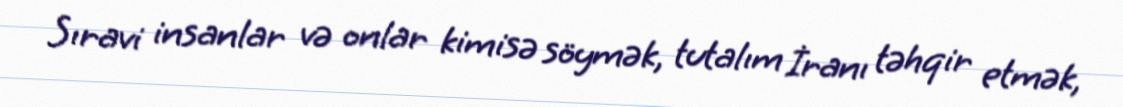
Sıravi insanlar və onlar kimisə söymək, tutalım İranı təhqir etmək,